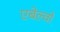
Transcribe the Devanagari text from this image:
एबेल्वो